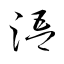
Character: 浯